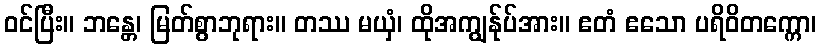
ဝင်ပြီး။ ဘန္တေ၊ မြတ်စွာဘုရား။ တဿ မယှံ၊ ထိုအကျွန်ုပ်အား။ ဧတံ ဧသော ပရိဝိတက္ကော၊